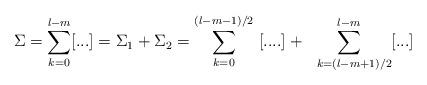
LaTeX: \begin{align*}\Sigma={\displaystyle\sum_{k=0}^{l-m}}[...]=\Sigma_{1}+\Sigma_{2}={\displaystyle\sum\limits_{k=0}^{(l-m-1)/2}}\ [....]+{\displaystyle\sum\limits_{\ \ k=(l-m+1)/2}^{l-m}}[...]\end{align*}